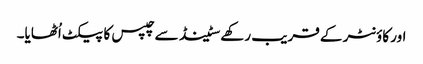
اور کاؤنٹر کے قریب رکھے سٹینڈ سے چپس کا پیکٹ اُٹھایا۔